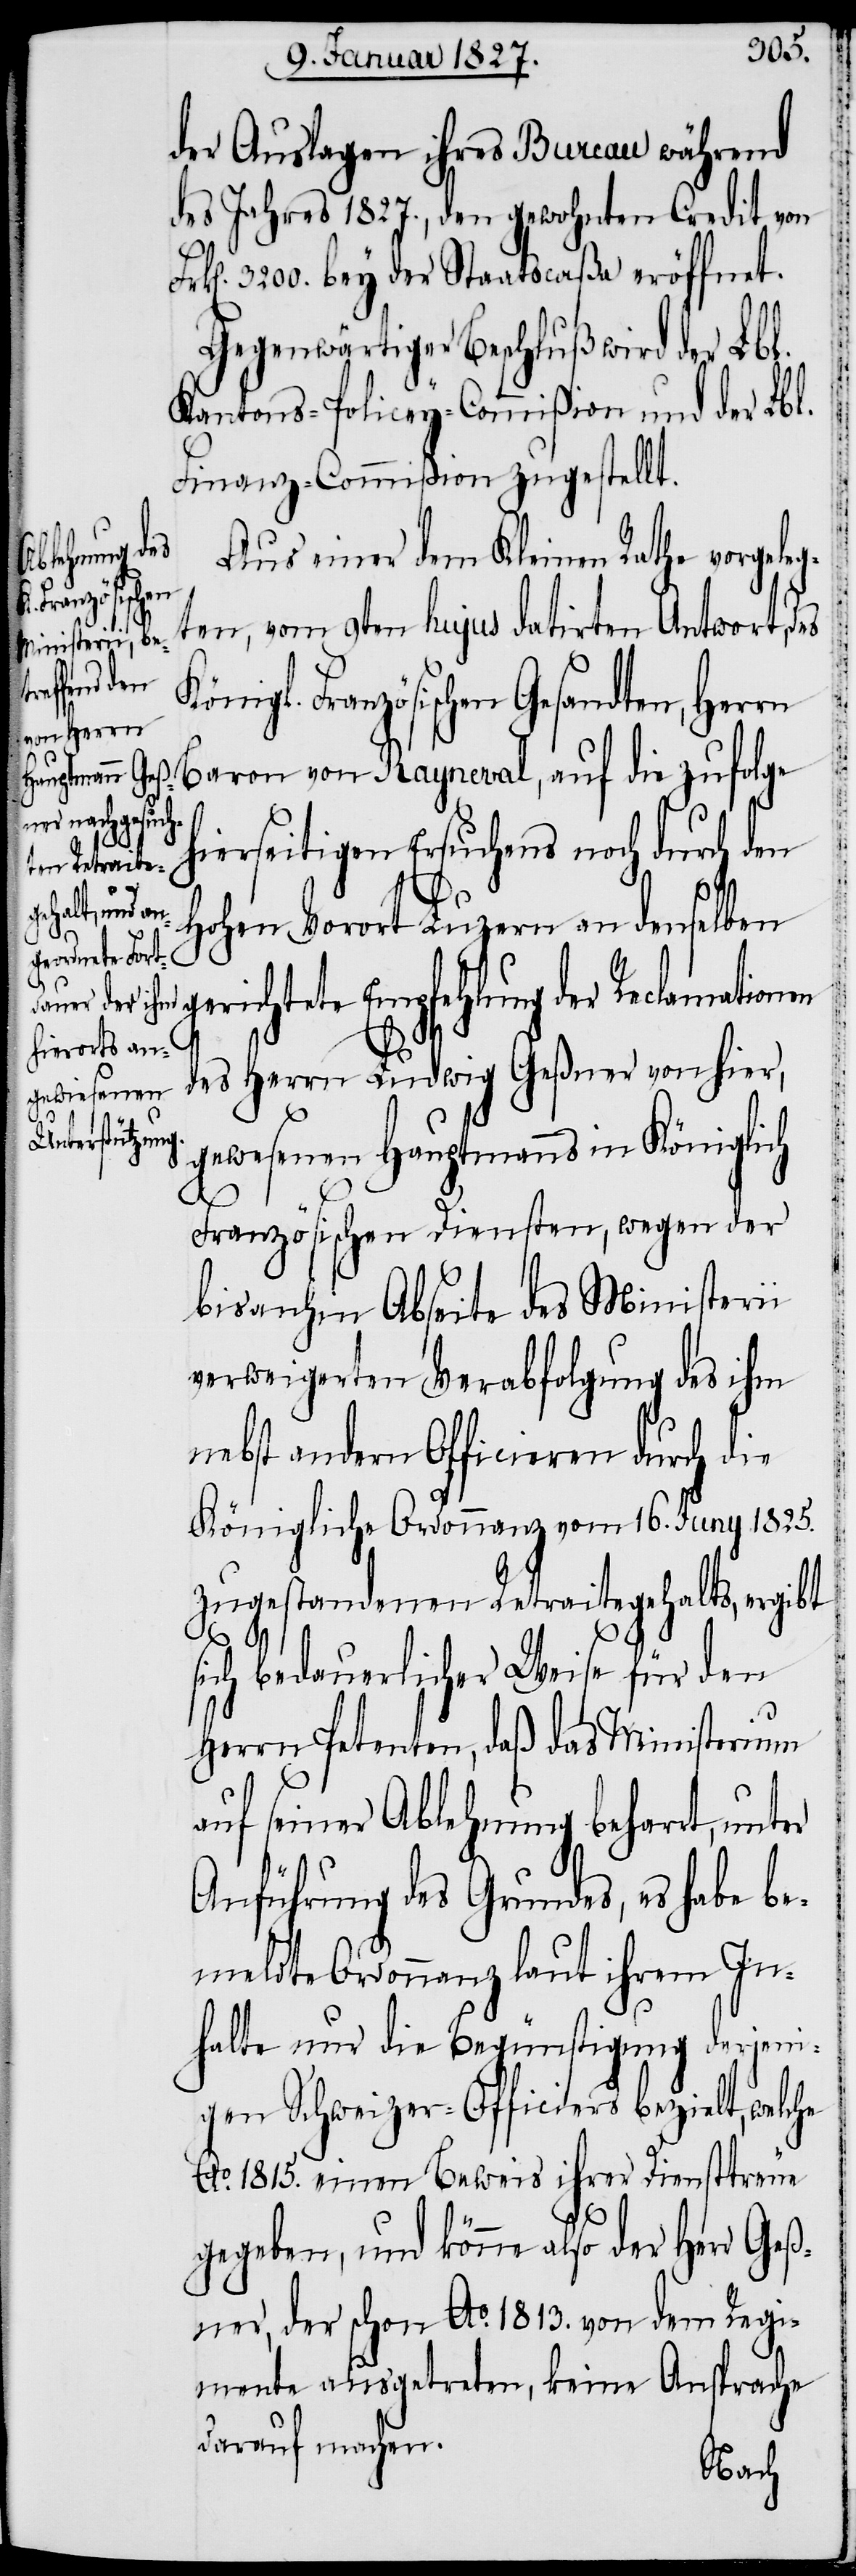
der Auslagen ihres Bureau während
des Jahres 1827., den gewohnten Credit von
n]. 3200. bey der Staatscaßa eröffnet.
Gegenwärtiger Beschluß wird der Lbl.
Kantons-Policey-Commißion und der Lbl.
Finanz-Commißion zugestellt.
König¬
Aus einer dem Kleinen Rathe vorgele¬
l. Französischen
ten, vom 9ten hujus datirten Antwort, des
Gesandten,
Herrn Baron von Rayneval, auf die zufolge
hierseitigen Ersuchens noch durch den
Frk[e¬
Hohen Vorort Luzern an denselben
gerichtete Empfehlung der Reclamation
g¬
des Herrn Ludwig Geßner von hier,
gewesenen Hauptmanns in Königlich
Französischen Diensten, wegen der
bis anhin Abseite des Ministerii
verweigerten Verabfolgung des ihm
nebst andern Officieren durch die
Königliche Ordonnanz vom 16. Juny 1825.
zugestandenen Retraitegehalts, ergibt
sich bedauerlicher Weise für den
Herrn Petenten, daß das Ministerium
auf seiner Ablehnung beharrt, unter
Anführung des Grundes, es habe be¬
meldte Ordonnanz laut ihrem In¬
halte nur die Begünstigung derjeni¬
gen Schweizer-Officiers bezielt, welche
Ao. 1815. einen Beweis ihrer Diensttreue
gegeben, und könne also der Herr Geß¬
ner, der schon Ao. 1813. von dem Regi¬
mente ausgetreten, keine Ansprache
darauf machen.